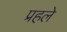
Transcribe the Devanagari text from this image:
प्रहले